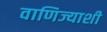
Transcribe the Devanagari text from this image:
वाणिज्याशी